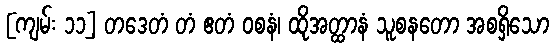
[ကျမ်း ၁၁] တဒေတံ တံ ဧတံ ဝစနံ၊ ထိုအတ္ထာနံ သူစနတော အစရှိသော